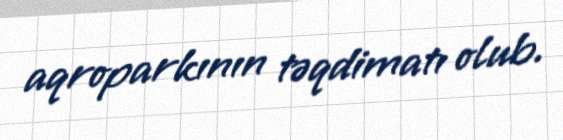
aqroparkının təqdimatı olub.